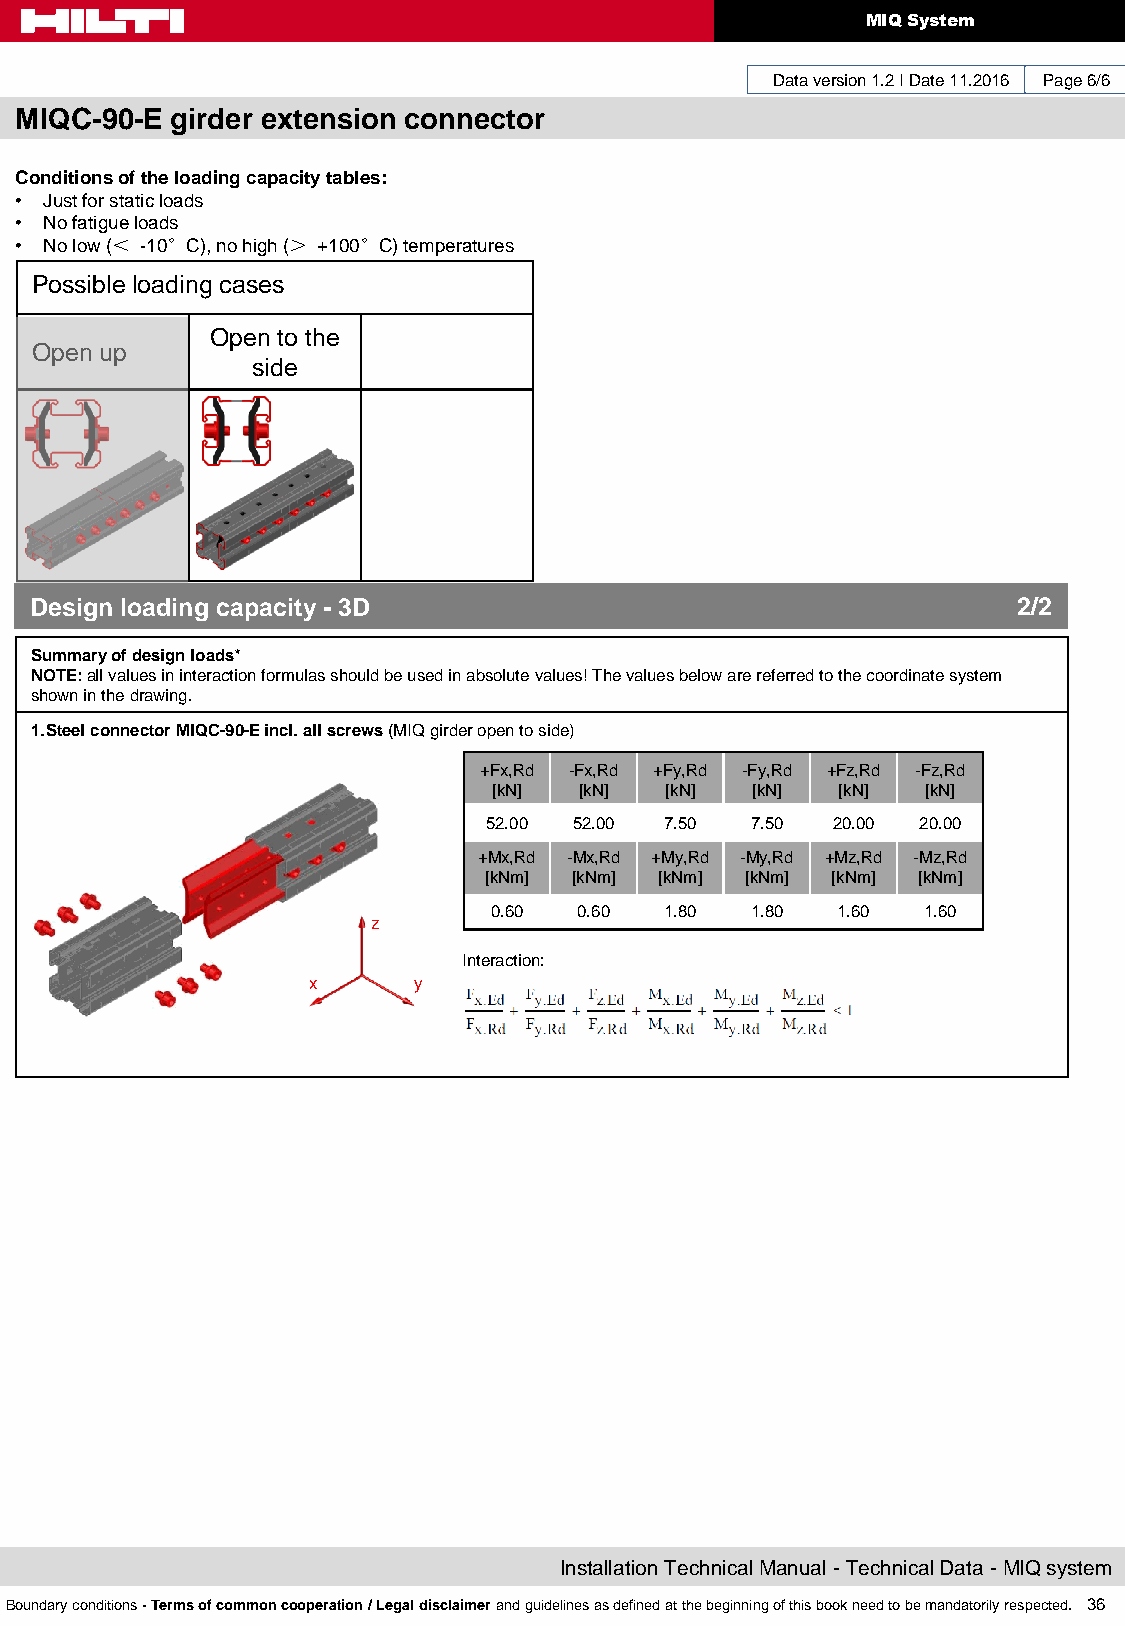
MIQ System
 Data version 1.2 I Date 11.2016 Page 6/6
 MIQC-90-E girder extension connector
 Conditions of the loading capacity tables:
 • Just for static loads
 • No fatigue loads
 • No low (＜ -10°C), no high (＞ +100°C) temperatures
 Possible loading cases
 Open to the
 Open up
 side
 Design loading capacity - 3D                                     2/2
 Summary of design loads*
 NOTE: all values in interaction formulas should be used in absolute values! The values below are referred to the coordinate system
 shown in the drawing.
 1.Steel connector MIQC-90-E incl. all screws (MIQ girder open to side)
 +Fx,Rd -Fx,Rd +Fy,Rd -Fy,Rd +Fz,Rd -Fz,Rd
 [kN] [kN]  [kN]  [kN]  [kN] [kN]
 52.00 52.00 7.50  7.50 20.00 20.00
 +Mx,Rd -Mx,Rd +My,Rd -My,Rd +Mz,Rd -Mz,Rd
 [kNm] [kNm] [kNm] [kNm] [kNm] [kNm]
 0.60  0.60  1.80  1.80 1.60  1.60
 z
 Interaction:
 x      y
 Installation Technical Manual - Technical Data - MIQ system
 Boundary conditions - Terms of common cooperation / Legal disclaimer and guidelines as defined at the beginning of this book need to be mandatorily respected. 36